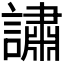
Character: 𬣉